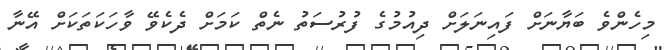
މިހެންވެ ބަޔާނަށް ފައިނަލަށް ދިއުމުގެ ފުރުސަތު ނެތް ކަމަށް ދެކެވޭ ވާހަކަތަކަށް އޭނާ